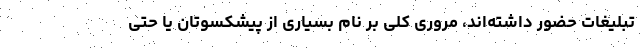
تبلیغات حضور داشته‌اند، مروری کلی بر نام بسیاری از پیشکسوتان یا حتی